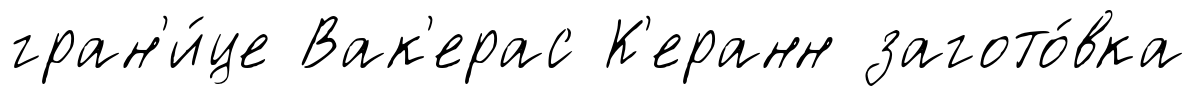
гран'и́це Вак'ерас К'еранн загото́вка